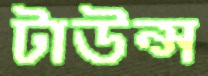
টাউন্স